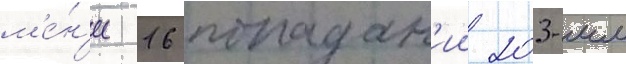
м'е́н'ее 16 попадан'ии 203-мм